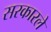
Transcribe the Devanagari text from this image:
सरकारले